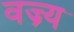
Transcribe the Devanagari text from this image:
वज्र्य